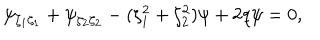
\psi _ { \zeta _ { 1 } \zeta _ { 1 } } + \psi _ { \zeta _ { 2 } \zeta _ { 2 } } - ( \zeta _ { 1 } ^ { 2 } + \zeta _ { 2 } ^ { 2 } ) \psi + 2 q \psi = 0 ,